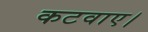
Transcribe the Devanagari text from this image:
कटवाए।